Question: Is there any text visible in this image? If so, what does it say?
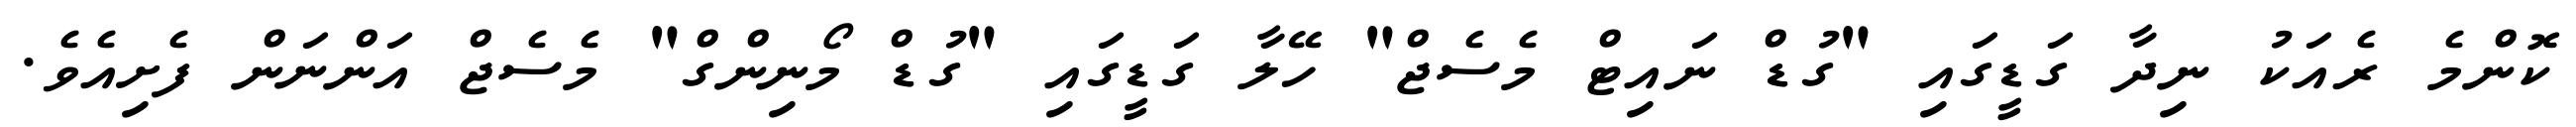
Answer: ކޮންމެ ރެއަކު ނިދާ ގަޑީގައި "ގުޑް ނައިޓް މެސެޖް" ހޭލާ ގަޑީގައި "ގުޑް މޯނިންގް" މެސެޖް އަންނަން ފެށިއެވެ.